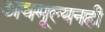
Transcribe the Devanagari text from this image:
अवमूल्यनही